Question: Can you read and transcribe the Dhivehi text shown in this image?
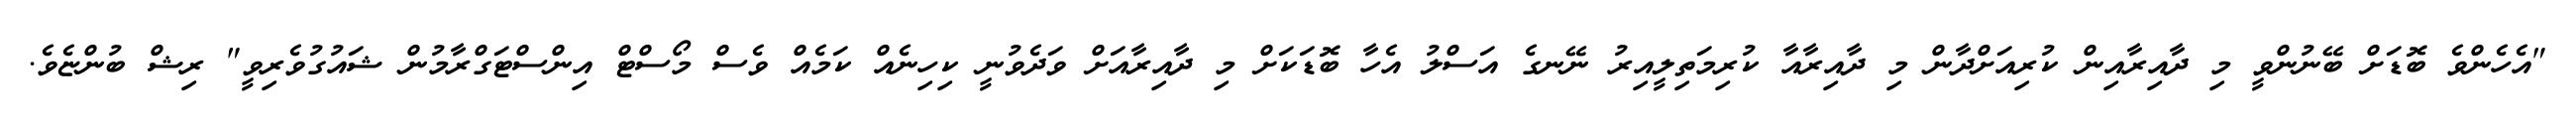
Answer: "އެހެންވެ ބޮޑަށް ބޭނުންވީ މި ދާއިރާއިން ކުރިއަށްދާން މި ދާއިރާއާ ކުރިމަތިލީއިރު ނޭނގެ އަސްލު އެހާ ބޮޑަކަށް މި ދާއިރާއަށް ވަދެވުނީ ކިހިނެއް ކަމެއް ވެސް މޯސްޓް އިންސްޓަގްރާމުން ޝައުގުވެރިވީ" ރިޝް ބުންޏެވެ.